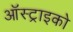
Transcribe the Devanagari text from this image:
ऑस्ट्राइको